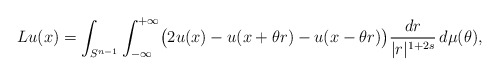
\begin{align*}Lu(x)=\int_{S^{n-1}}\int_{-\infty}^{+\infty}\bigl(2u(x)-u(x+\theta r)-u(x-\theta r)\bigr)\frac{dr}{|r|^{1+2s}}\,d\mu(\theta),\end{align*}